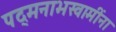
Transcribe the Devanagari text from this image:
पद्मनाभस्वामींना